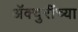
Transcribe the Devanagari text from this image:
ॲक्चुरींच्या